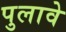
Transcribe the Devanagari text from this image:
पुलावे